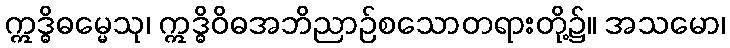
ဣဒ္ဓိဓမ္မေသု၊ ဣဒ္ဓိဝိဓအဘိညာဉ်စသောတရားတို့၌။ အသမော၊